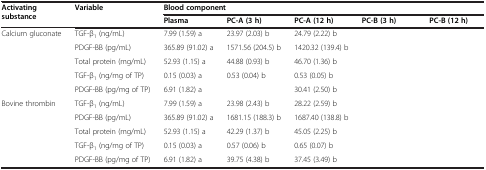
<table><thead><tr><td rowspan="2"><b>Activating substance</b></td><td rowspan="2"><b>Variable</b></td><td colspan="5"><b>Blood component</b></td></tr><tr><td><b>Plasma</b></td><td><b>PC-A (3 h)</b></td><td><b>PC-A (12 h)</b></td><td><b>PC-B (3 h)</b></td><td><b>PC-B (12 h)</b></td></tr></thead><tbody><tr><td>Calcium gluconate</td><td>TGF-β<sub>1</sub> (ng/mL)</td><td>7.99 (1.59) a</td><td>23.97 (2.03) b</td><td>24.79 (2.22) b</td><td>[EMPTY_CELL]</td><td>[EMPTY_CELL]</td></tr><tr><td>[EMPTY_CELL]</td><td>PDGF-BB (pg/mL)</td><td>365.89 (91.02) a</td><td>1571.56 (204.5) b</td><td>1420.32 (139.4) b</td><td>[EMPTY_CELL]</td><td>[EMPTY_CELL]</td></tr><tr><td>[EMPTY_CELL]</td><td>Total protein (mg/mL)</td><td>52.93 (1.15) a</td><td>44.88 (0.93) b</td><td>46.70 (1.36) b</td><td>[EMPTY_CELL]</td><td>[EMPTY_CELL]</td></tr><tr><td>[EMPTY_CELL]</td><td>TGF-β<sub>1</sub> (ng/mg of TP)</td><td>0.15 (0.03) a</td><td>0.53 (0.04) b</td><td>0.53 (0.05) b</td><td>[EMPTY_CELL]</td><td>[EMPTY_CELL]</td></tr><tr><td>[EMPTY_CELL]</td><td>PDGF-BB (pg/mg of TP)</td><td>6.91 (1.82) a</td><td>[EMPTY_CELL]</td><td>30.41 (2.50) b</td><td>[EMPTY_CELL]</td><td>[EMPTY_CELL]</td></tr><tr><td>Bovine thrombin</td><td>TGF-β<sub>1</sub> (ng/mL)</td><td>7.99 (1.59) a</td><td>23.98 (2.43) b</td><td>28.22 (2.59) b</td><td>[EMPTY_CELL]</td><td>[EMPTY_CELL]</td></tr><tr><td>[EMPTY_CELL]</td><td>PDGF-BB (pg/mL)</td><td>365.89 (91.02) a</td><td>1681.15 (188.3) b</td><td>1687.40 (138.8) b</td><td>[EMPTY_CELL]</td><td>[EMPTY_CELL]</td></tr><tr><td>[EMPTY_CELL]</td><td>Total protein (mg/mL)</td><td>52.93 (1.15) a</td><td>42.29 (1.37) b</td><td>45.05 (2.25) b</td><td>[EMPTY_CELL]</td><td>[EMPTY_CELL]</td></tr><tr><td>[EMPTY_CELL]</td><td>TGF-β<sub>1</sub> (ng/mg of TP)</td><td>0.15 (0.03) a</td><td>0.57 (0.06) b</td><td>0.65 (0.07) b</td><td>[EMPTY_CELL]</td><td>[EMPTY_CELL]</td></tr><tr><td>[EMPTY_CELL]</td><td>PDGF-BB (pg/mg of TP)</td><td>6.91 (1.82) a</td><td>39.75 (4.38) b</td><td>37.45 (3.49) b</td><td>[EMPTY_CELL]</td><td>[EMPTY_CELL]</td></tr></tbody></table>